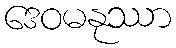
ဒေဝမနုဿာ